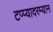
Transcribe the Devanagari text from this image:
टप्प्यादरम्यान